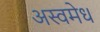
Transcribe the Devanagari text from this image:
अस्वमेध